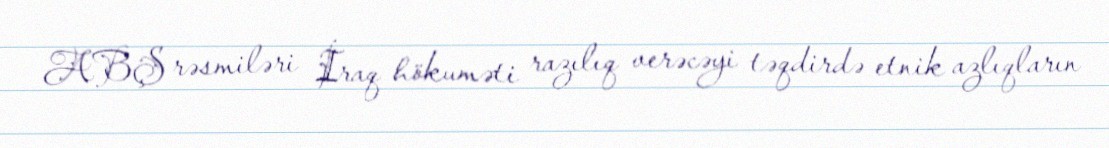
ABŞ rəsmiləri İraq hökuməti razılıq verəcəyi təqdirdə etnik azlıqların